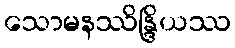
သောမနဿိန္ဒြိယဿ